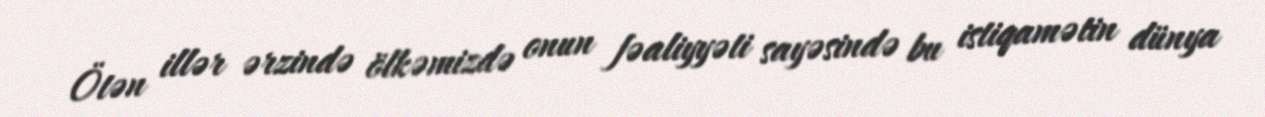
Ötən illər ərzində ölkəmizdə onun fəaliyyəti sayəsində bu istiqamətin dünya